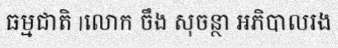
ធម្មជាតិ |លោក ចឹង សុចន្ថា អភិបាលរង